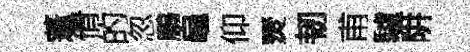
蓬倩的忽鵬龜仰燹韧甫驢阱